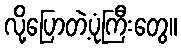
လို့ပြောတဲ့ပုံကြီးတွေ။